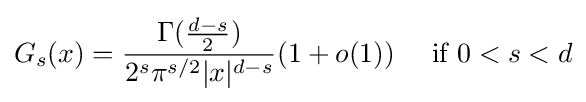
G_{s}(x)={\frac {\Gamma ({\frac {d-s}{2}})}{2^{s}\pi ^{s/2}\vert x\vert ^{d-s}}}(1+o(1))\quad {\text{ if }}0<s<d